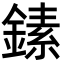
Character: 𬫵